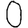
Digit: 0